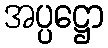
အပ္ပဋ္ဌော